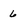
Character: 6